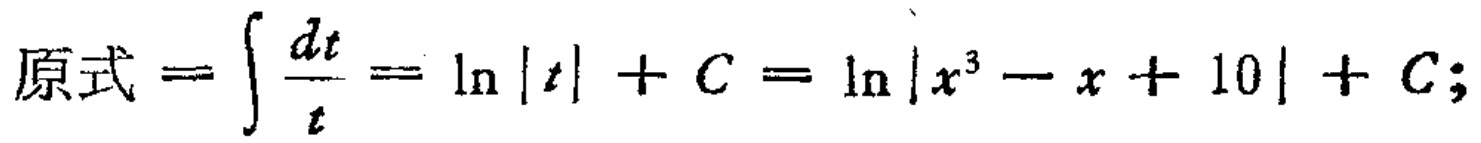
原式=\(\int \frac{dt}{t}=\ln|t| + C=\ln|x^{3}-x + 10|+C;\)